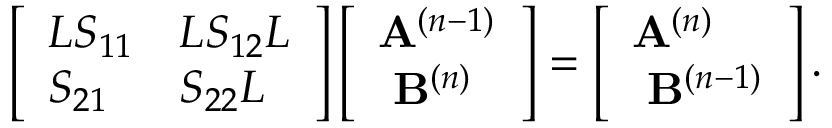
\left[ \begin{array} { l l } { L S _ { 1 1 } } & { L S _ { 1 2 } L } \\ { S _ { 2 1 } } & { S _ { 2 2 } L } \end{array} \right] \left[ \begin{array} { l } { \mathbf { A } ^ { ( n - 1 ) } } \\ { \ \mathbf { B } ^ { ( n ) } } \end{array} \right] = \left[ \begin{array} { l } { \mathbf { A } ^ { ( n ) } } \\ { \ \mathbf { B } ^ { ( n - 1 ) } } \end{array} \right] .